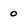
Character: 0